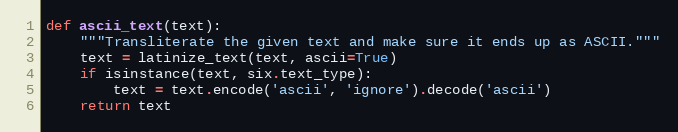
Language: Python
def ascii_text(text):
    """Transliterate the given text and make sure it ends up as ASCII."""
    text = latinize_text(text, ascii=True)
    if isinstance(text, six.text_type):
        text = text.encode('ascii', 'ignore').decode('ascii')
    return text